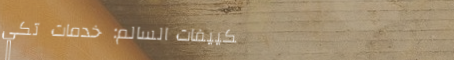
تكييفات السالم: خدمات تكي